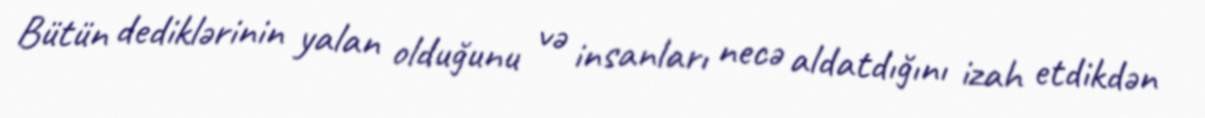
Bütün dediklərinin yalan olduğunu və insanları necə aldatdığını izah etdikdən